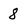
Character: 8